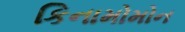
કિનામોમોન